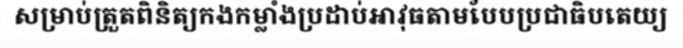
សម្រាប់ត្រួតពិនិត្យកងកម្លាំងប្រដាប់អាវុធតាមបែបប្រជាធិបតេយ្យ